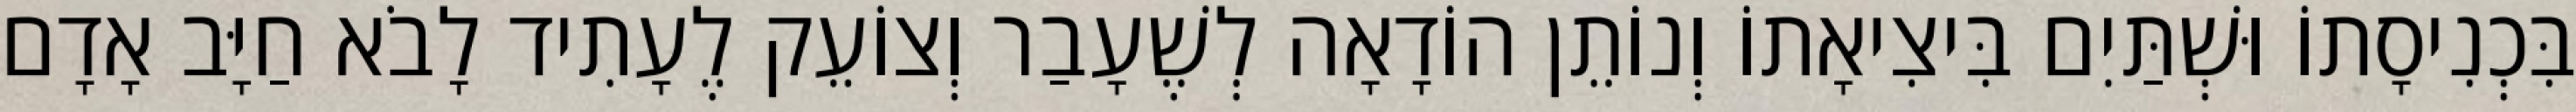
בִּכְנִיסָתוֹ וּשְׁתַּיִם בִּיצִיאָתוֹ וְנוֹתֵן הוֹדָאָה לְשֶׁעָבַר וְצוֹעֵק לֶעָתִיד לָבֹא חַיָּב אָדָם